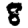
Digit: 8